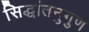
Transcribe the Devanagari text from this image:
सिद्धांतनुगुण